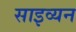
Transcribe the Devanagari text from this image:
साइव्यन